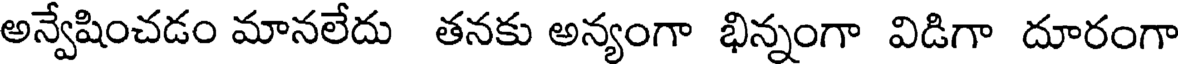
అన్వేషించడం మానలేదు తనకు అన్యంగా భిన్నంగా విడిగా దూరంగా